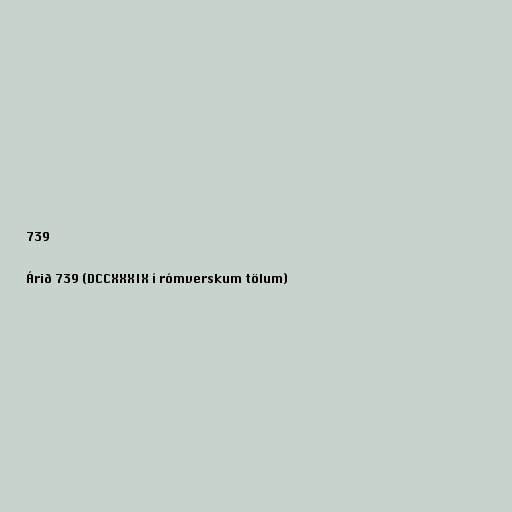
739

Árið 739 (DCCXXXIX í rómverskum tölum)